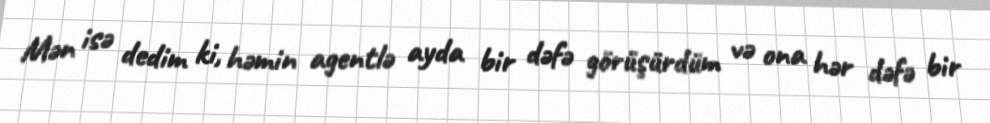
Mən isə dedim ki, həmin agentlə ayda bir dəfə görüşürdüm və ona hər dəfə bir